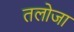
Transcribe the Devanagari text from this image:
तलोजा